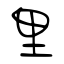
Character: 里